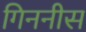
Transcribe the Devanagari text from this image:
गिननीस